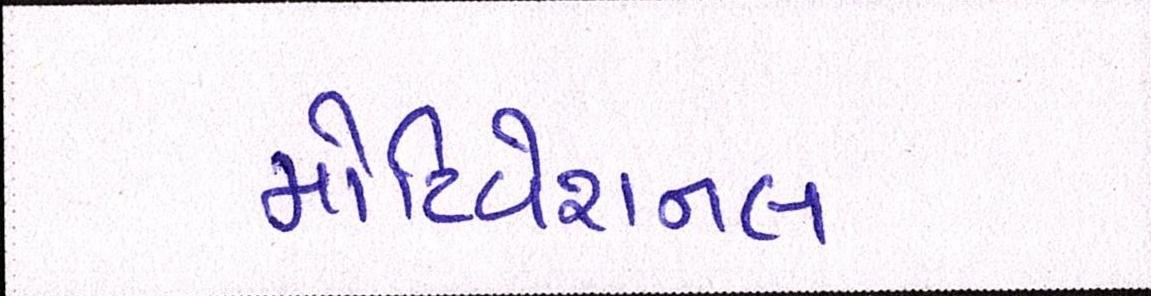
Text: મોટિવેશનલ